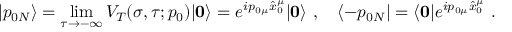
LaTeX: | p _ { 0 N } \rangle = \operatorname * { l i m } _ { \tau \rightarrow - \infty } V _ { T } ( \sigma , \tau ; p _ { 0 } ) | \mathbf { 0 } \rangle = e ^ { i p _ { 0 \mu } \hat { x } _ { 0 } ^ { \mu } } | \mathbf { 0 } \rangle ~ , \quad \langle - p _ { 0 N } | = \langle \mathbf { 0 } | e ^ { i p _ { 0 \mu } \hat { x } _ { 0 } ^ { \mu } } ~ .